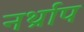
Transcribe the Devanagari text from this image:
नर्थ्राप